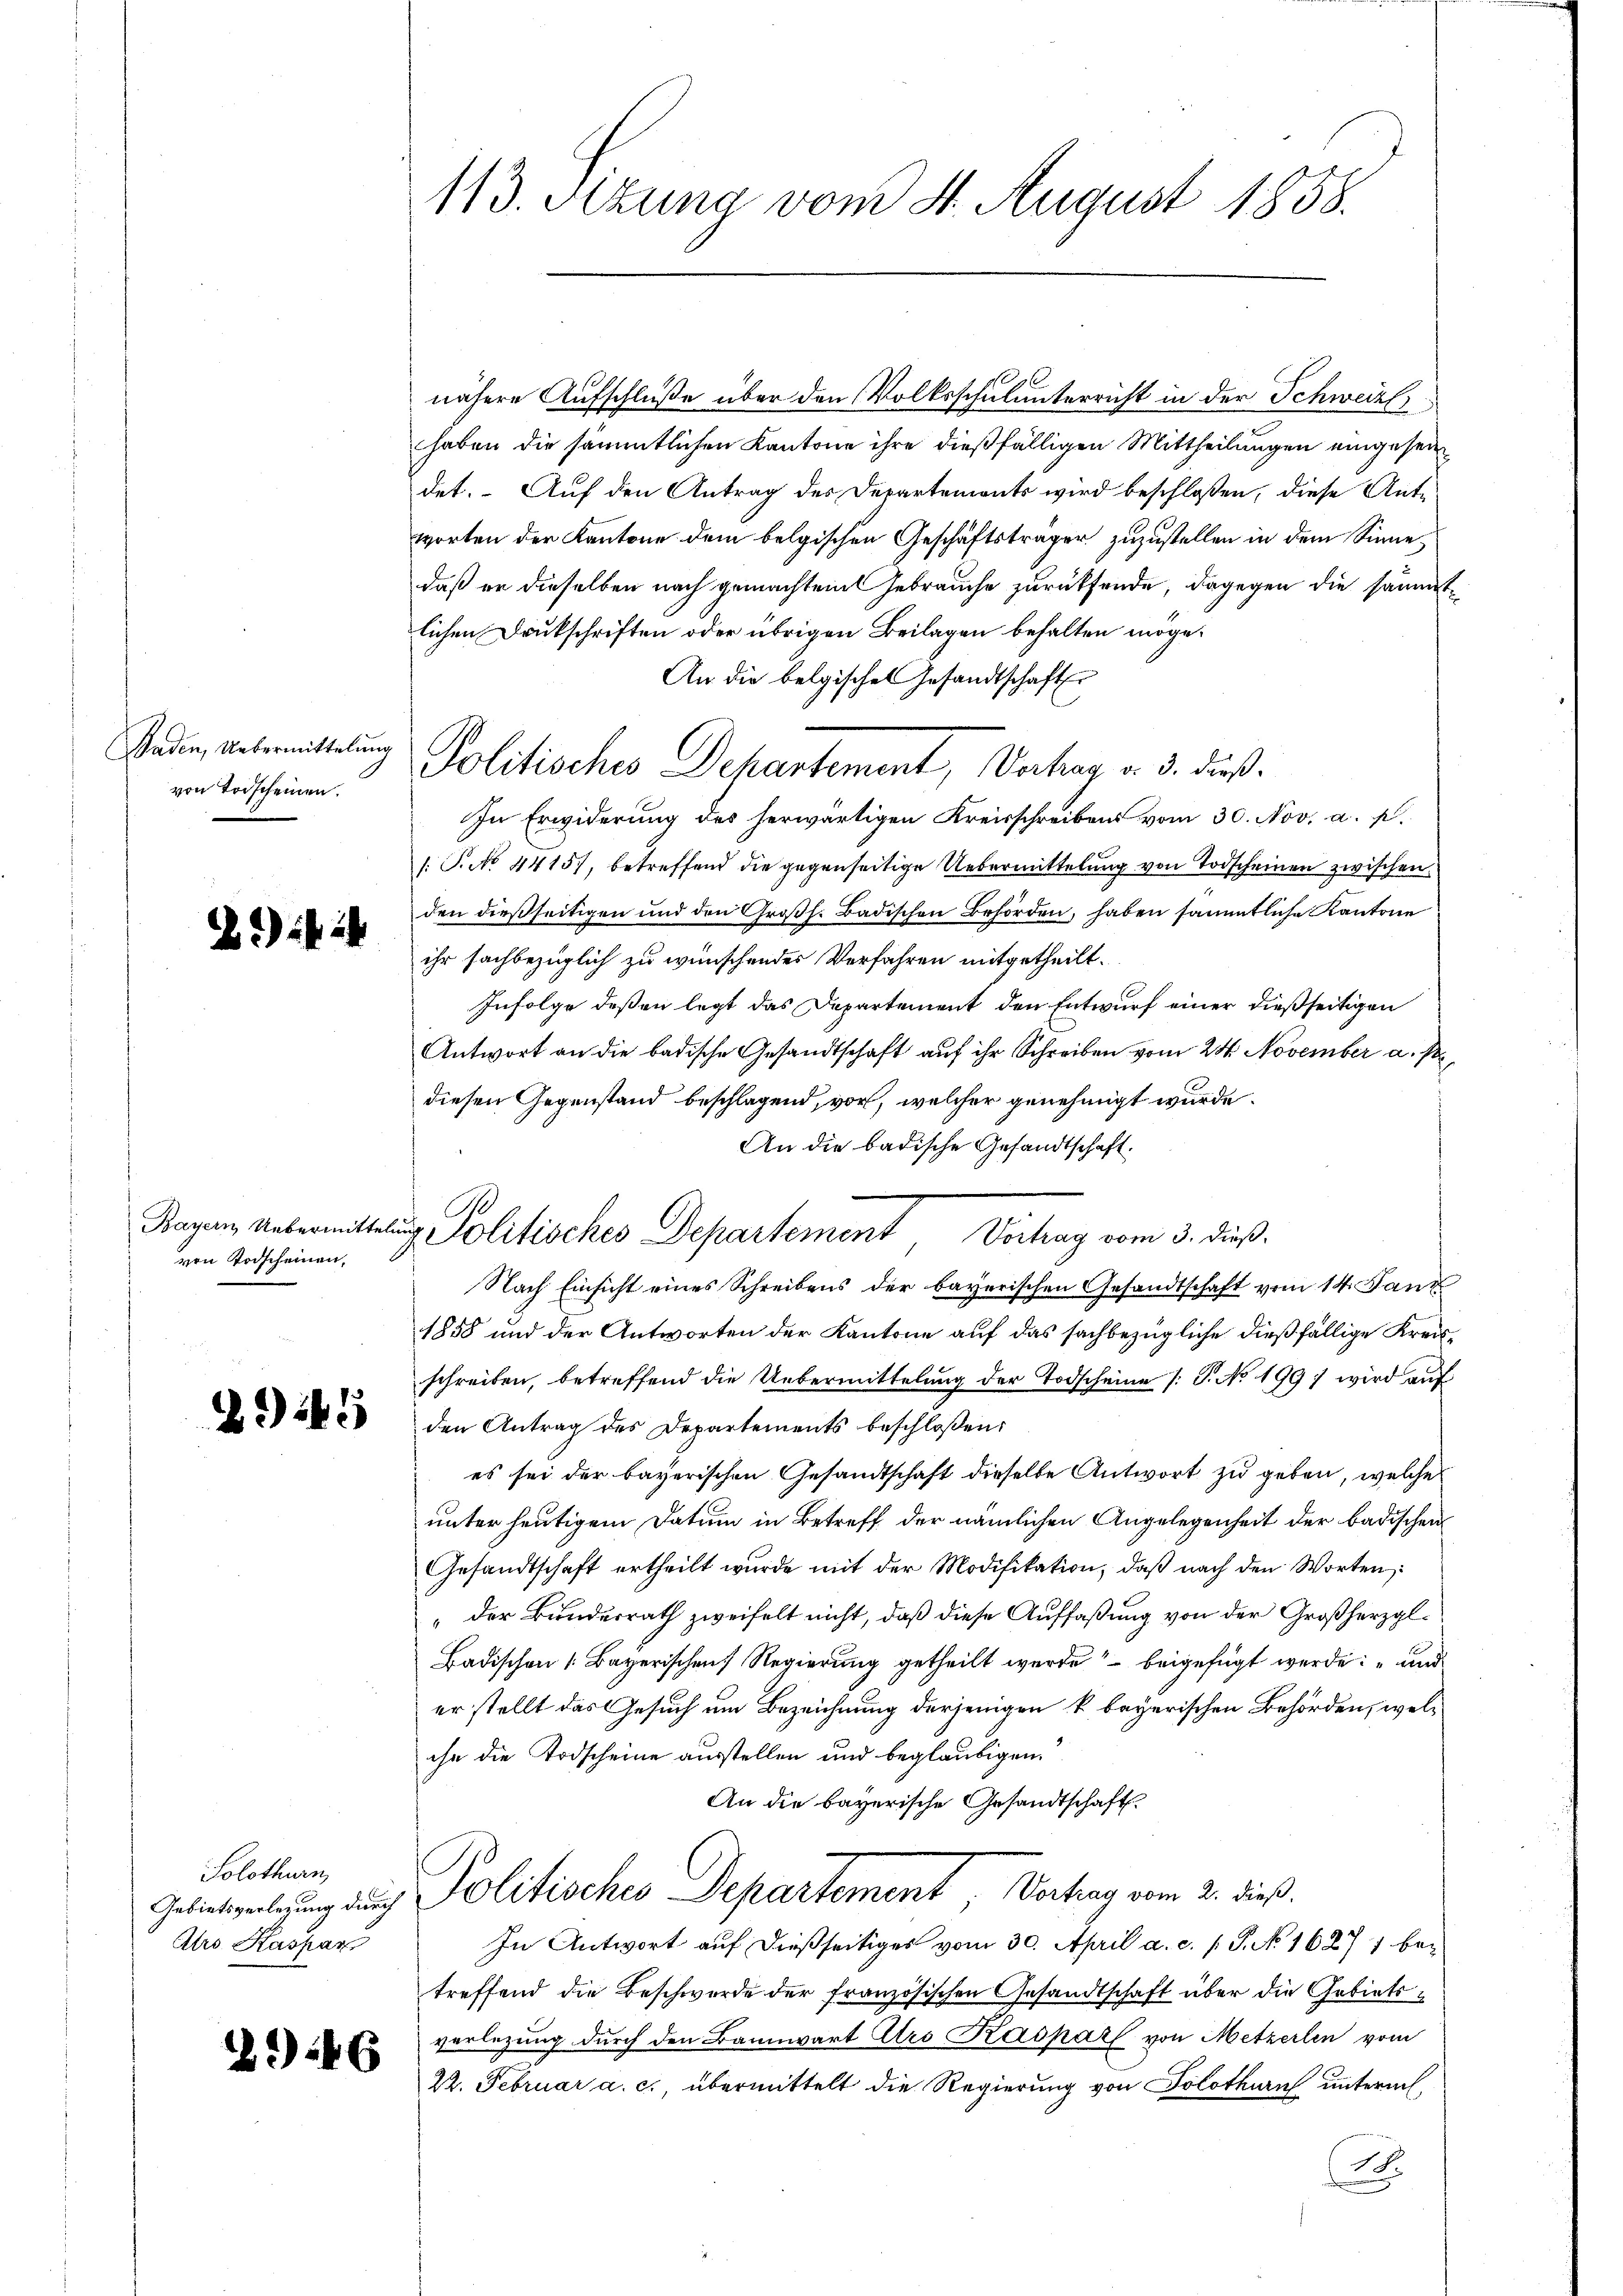
von Vorscheinen.

Zif. 4

Bayern Uebermitte
von Todscheinen,

Z. 19

Solothurn,
Ars Kaspar

2946

113. Sitzung vom 4. August 1858.

¬
Anden Uebermittelung Politisches Dekantement, Vertrag v. 3. dieß.

tug Politisches Departement Vertrag vom 3. dieß.

nähere Aufschluße über den Volksschulunterricht in der Schweize
haben die sämmtlichen Kantone ihre dießfälligen Mittheilungen eingeseidet. Auf den Antrag des Departements wird beschloßen, diese Antworten der Kantone dem belgischen Geschäftsträger zuzustellen in dem Sinne
daß er dieselben nach gemachten Gebrauche zurücksende, dagegen die sämmtlichen Druckschriften oder übrigen Beilagen behalten möge.
An die belgisches Gesandtschaft
In Erwiderung des herwärtigen Kreisschreibens vom 30. Nov. a. p.
1. P. No 4415), betreffend die gegenseitige Uebermittelung von Todscheinen zwischen
den dießseitigen und den Großh. Badischen Behörden, haben sämmtliche Kantone
ihr sachbezüglich zu wünschendes Verfahren mitgetheilt.
Infolge deßen legt das Departement den Entwurf einer dießseitigen
Antwort an die badische Gesandtschaft auf ihr Schreiben vom 24. November a. p.
diesen Gegenstand beschlagend, vor, welcher genehmigt wurde.
An die badische Gesandtschaft.
Nach Einsicht eines Schreibens der bayerischen Gesandtschaft vom 14. Tanz
1858 und der Antworten der Kantone auf das sachbezügliche dießfällige Kreisschreiben, betreffend die Uebermittelung der Todscheine /: P. No 1997 wird auf
den Antrag des Departements beschloßen:
es sei der bayerischen Gesandtschaft dieselbe Antwort zu geben, welche
unter heutigem Datum in Betreff der nämlichen Angelegenheit der badischen
Gesandtschaft ertheilt wŭrde mit der Modifikation, daβ nach den Worten:
„der Bundesrath zweifelt nicht, daß diese Auffaßung von der Großherzgl.
Badischen (Bayerischen Regierung getheilt werde, – beigefügt werde: „und
er stellt das Gesuch um Bezeichnung derjenigen k. bayerischen Behörden, welihn die Todscheine ausstellen und beglaubigen
An die bayerische Gesandtschaft
Gebietsverlegung durch Politisches Departement Vertrag vom 2. dieß.
In Antwort auf dießseitiges vom 30. April a. c. s. P. No 1627 1 betreffend die Beschwerde der französischen Gesandtschaft über die Gebietsverlegung durch den Bannwart Atro Kaspar von Metzerlen vom
22. Februar a. c., übermittelt die Regierung von Solothurn unterm
A